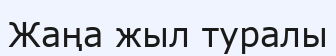
Жаңа жыл туралы